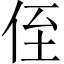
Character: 侄